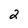
Character: 2